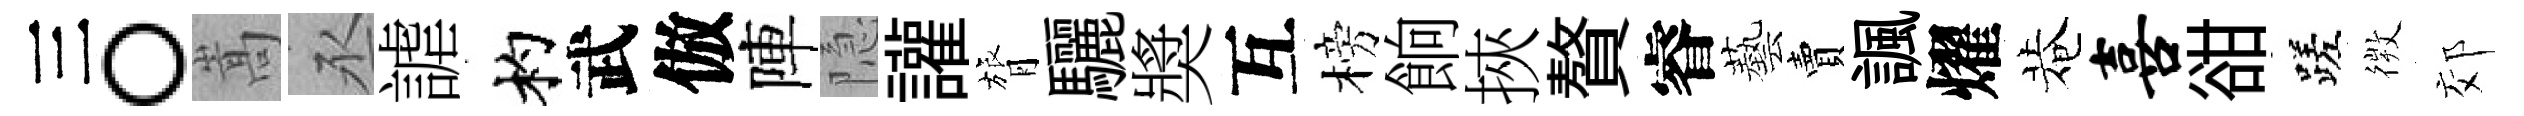
三。嵩丞謔杓武倣陣隐讙膂驪奬互榜餉挾贅睿藝賣諷燿菴喜𧮳蹉𢕄郊